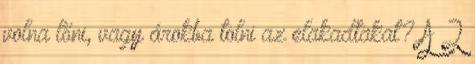
volna lőni, vagy árokba tolni az elakadtakat? A 2